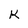
Character: K